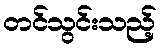
တင်သွင်းသည့်